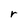
Character: r